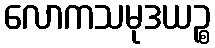
လောကသမုဒယဉ္စ